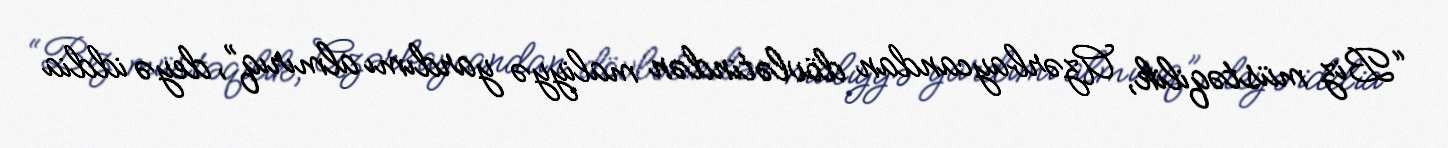
“Biz müstəqilik, Azərbaycandan dövlətindən maliyyə yardımı almırıq”, deyə iddia